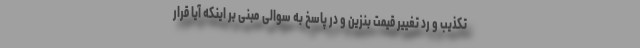
تکذیب و رد تغییر قیمت بنزین و در پاسخ به سوالی مبنی بر اینکه آیا قرار